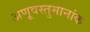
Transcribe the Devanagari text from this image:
अणूवस्तुमानांक